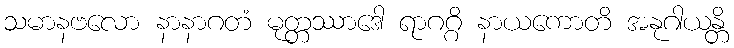
သမာနဗလော နာနာဂတံ မုတ္တဿာဒေါ ရာဂဂ္ဂိ နာယကောတိ အနုဂါယန္တိ